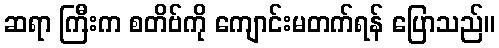
ဆရာ ကြီးက စတိဗ်ကို ကျောင်းမတက်ရန် ပြောသည်။